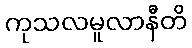
ကုသလမူလာနီတိ